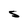
Character: S